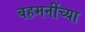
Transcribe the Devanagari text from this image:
बहमनींच्या